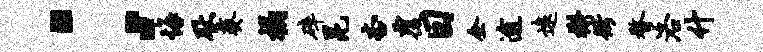
；悔耿葵榻碎昆杏覆日企逾远槲衙瞀洛什